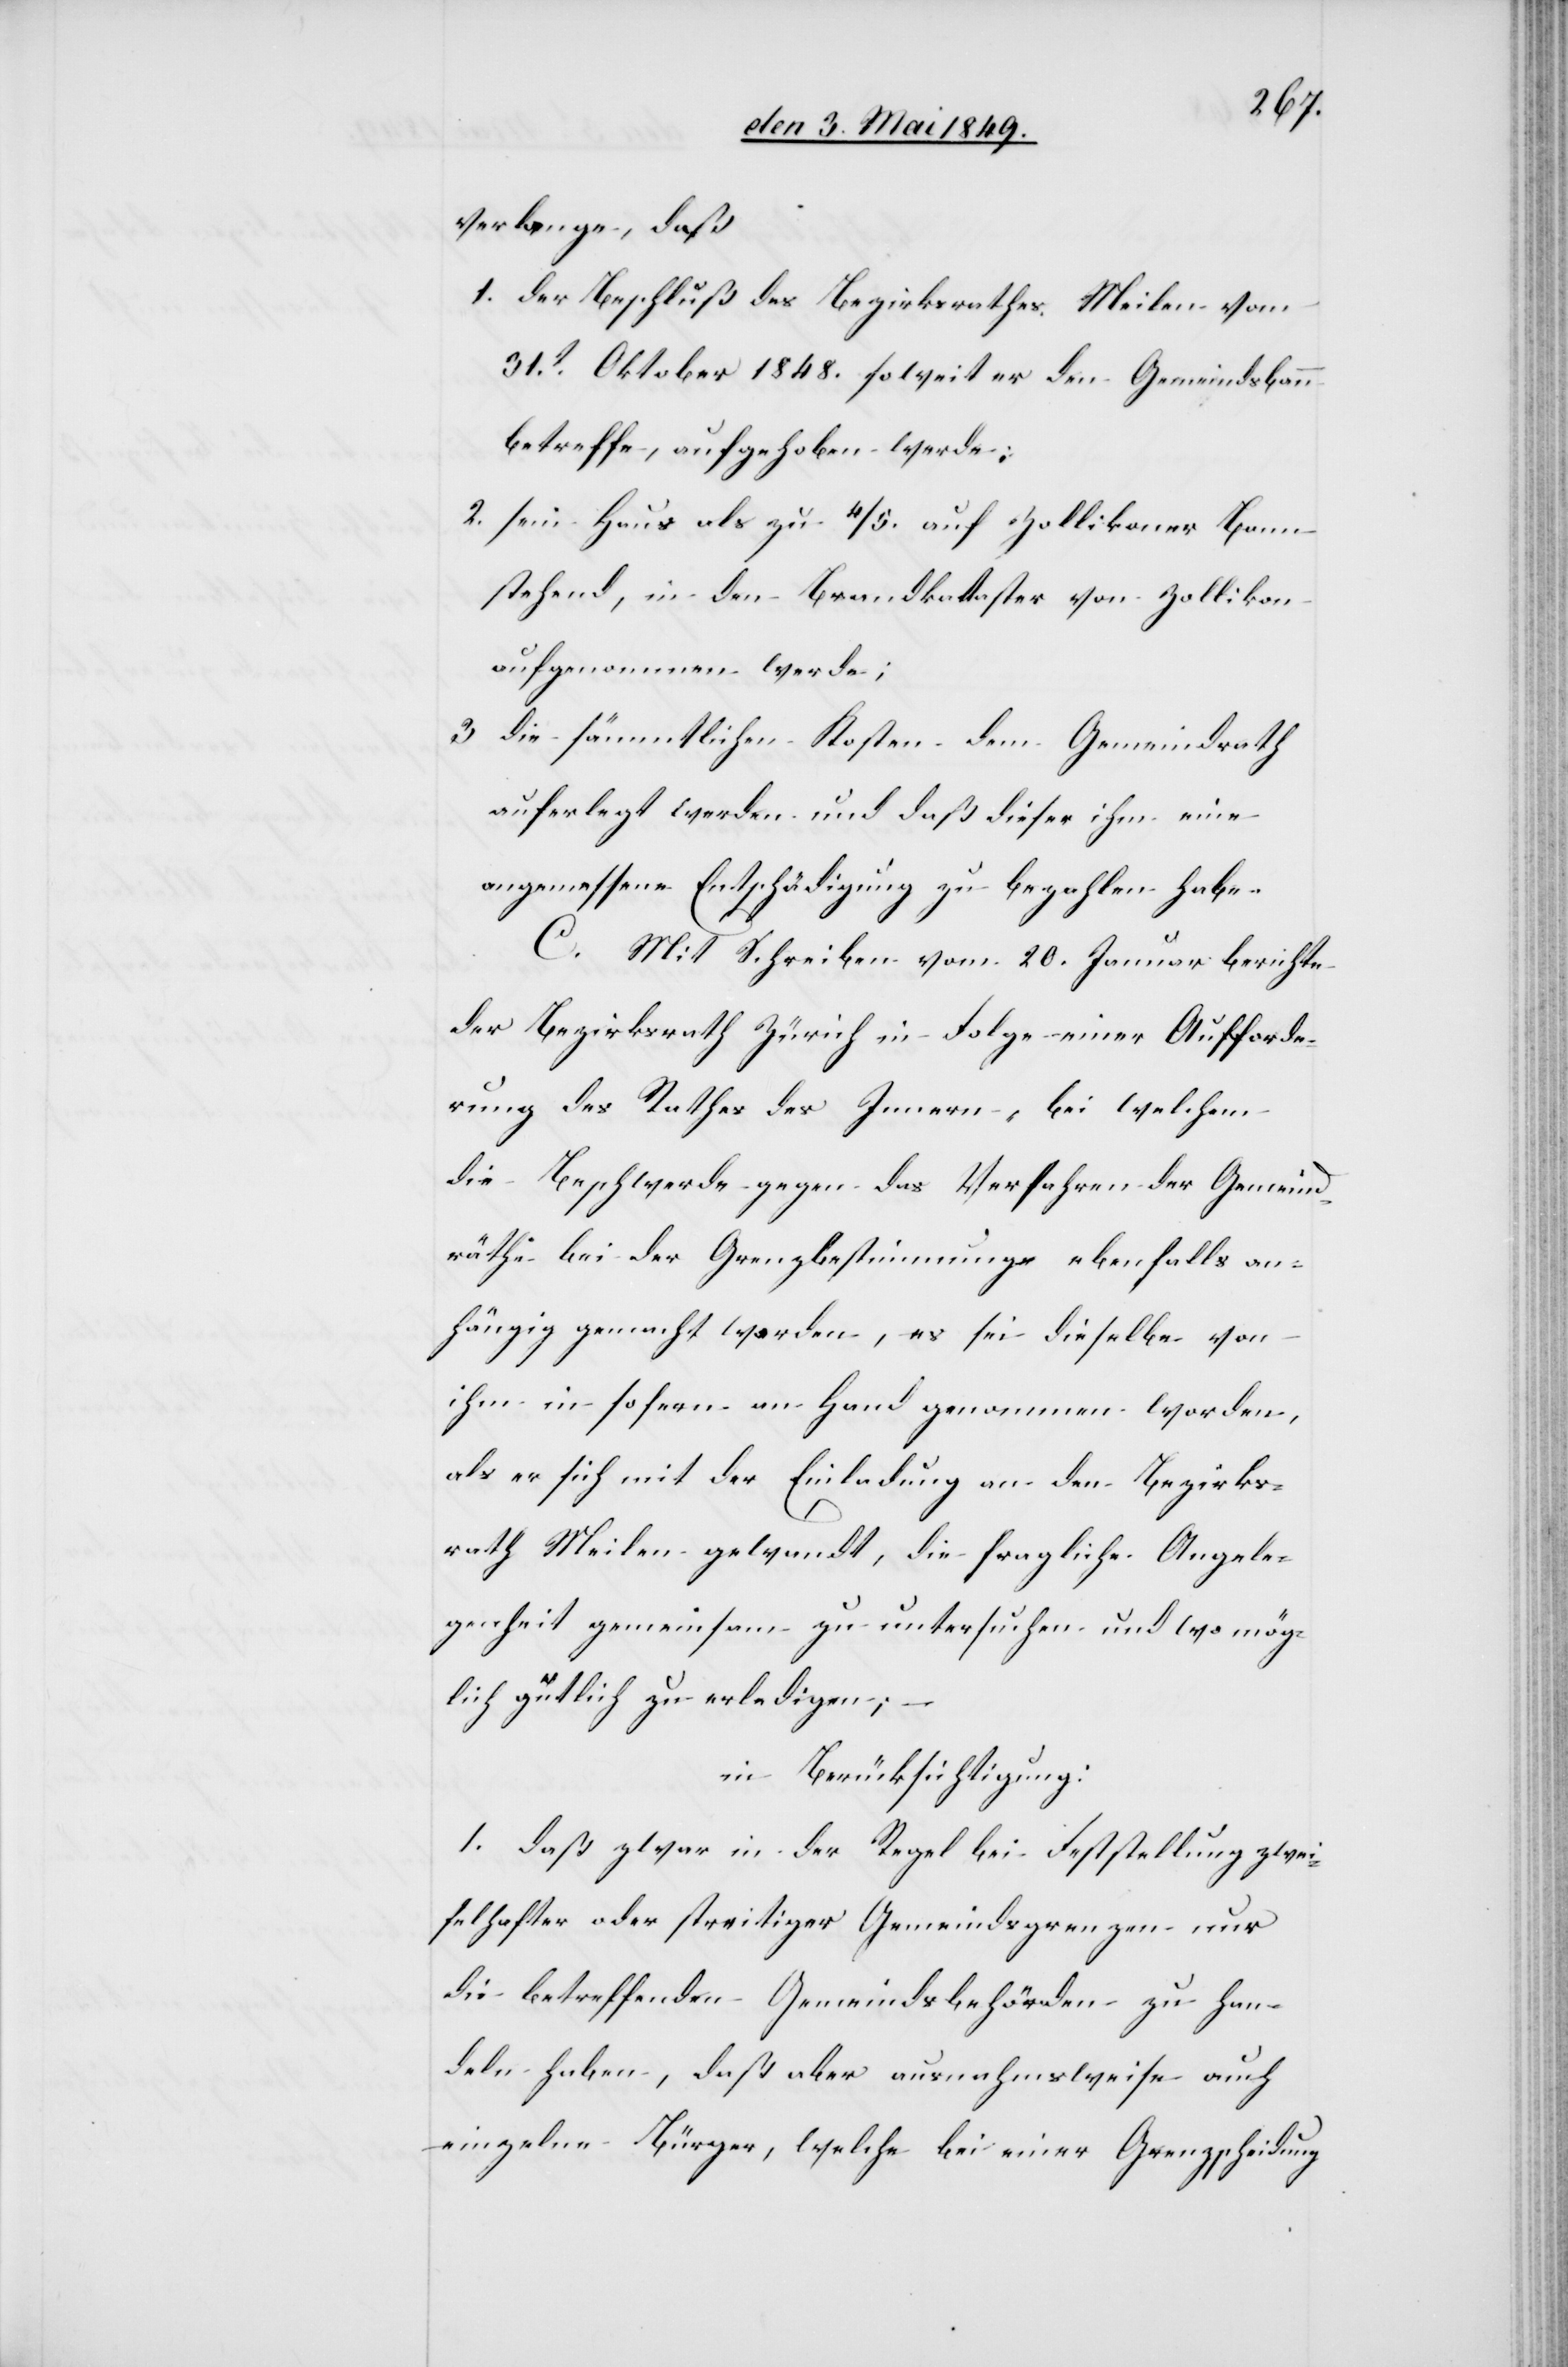
verlange, daß
1. der Beschluß des Bezirksrathes, Meilen vom
31t Oktober 1848. soweit er den Gemeindsbann
betreffe, aufgehoben werde:
2. sein Haus als zu 4/5. auf Zollikoner Bann
stehend, in den Brandkataster von Zollikon
aufgenommen werde;
3. die sämmtlichen Kosten dem Gemeindrath
auferlegt werden und daß dieser ihm eine
angemessene Entschädigung zu bezahlen habe.
C. Mit Schreiben vom 20. Januar berichte
der Bezirksrath Zürich in Folge einer Aufforde¬
rung des Rathes des Innern, bei welchem
die Beschwerde gegen das Verfahren der Gemeind¬
räthe bei der Grenzbestimmung ebenfalls an¬
hängig gemacht worden, es sei dieselbe von
ihm in sofern an Hand genommen worden,
als er sich mit der Einladung an den Bezirks¬
rath Meilen gewandt, die fragliche Angele¬
genheit gemeinsam zu untersuchen und wo mög¬
lich gütlich zu erledigen;
in Berücksichtigung:
1. daß zwar in der Regel bei Feststellung zwei¬
felhafter oder streitiger Gemeindsgrenzen nur
die betreffenden Gemeindsbehörden zu Han¬
deln haben, daß aber ausnahmsweise auch
einzelne Bürger, welche bei einer Grenzscheidung